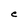
Character: C